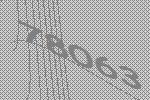
78063